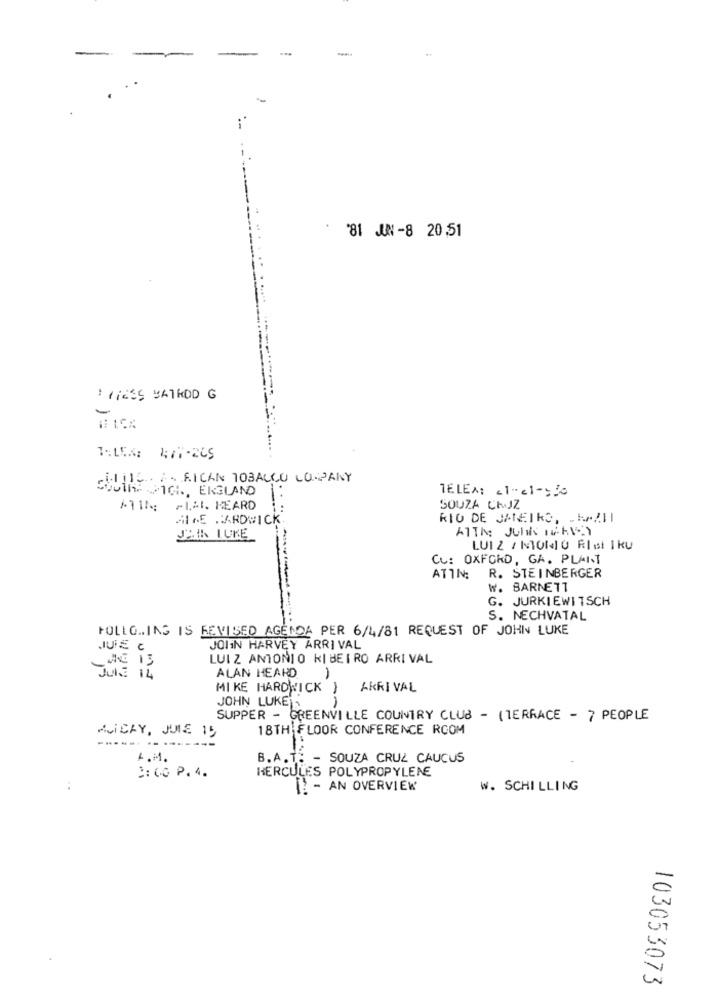
-
-
* * 81 JUN-8 20,51
1:LES: 477-265
. ES RICAN TOBACCO COMPANY
CELINE ICH, ENGLAND
TELEM: 21-21-310
-
/115; /1.41. KEARD
SOUZA CHAJZ
HINE HARDWICK.
RIO DE JANEIRO, WAZII
JAK LUKE
LUI 2 / MONO RIst IKU
Cu: OXFORD, GA. PLAIT
ATTN:
R. STEINBERGER
W. BARNETT
G. JURKIEWI TSCH
S. NECHVATAL
POLLO.ING IS REVISED AGENDA PER 6/4/81 REQUEST OF JOHN LUKE
JOIN HARVEY ARRIVAL
AC 13
LUIZ ANTONIO RIBEIRO ARRIVAL
1
Jul: 14
ALAN HEARD
MIKE HARDWICK } AKRI VAL
JOHN LUKE
1
SUPPER - GREENVILLE COUNTRY CLUB - ( TERRACE - 7 PEOPLE
AVIERY, JULE 15
18TH FLOOR CONFERENCE ROOM
A.M.
B.A.T. - SOUZA CRUZ CAUCUS
HERCULES POLYPROPYLENE
9:00 P.4.
:
- AN OVERVIEW
W. SCHILLING
103053073